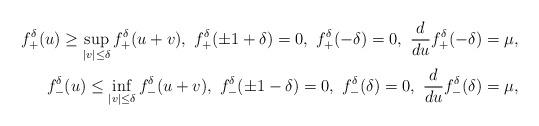
LaTeX: \begin{align*}f_+ ^\delta(u) \geq \sup _{|v|\leq \delta} f_+ ^\delta(u+v),\ f_+ ^\delta(\pm 1+\delta) =0,\ f_+ ^\delta(-\delta)=0,\ \frac{d}{du}f_+ ^\delta (-\delta)=\mu , \\f_- ^\delta(u) \leq \inf _{|v|\leq \delta} f_- ^\delta(u+v),\ f_- ^\delta(\pm 1-\delta) =0,\ f_- ^\delta(\delta)=0,\ \frac{d}{du}f_- ^\delta (\delta)=\mu , \end{align*}